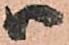
ハ